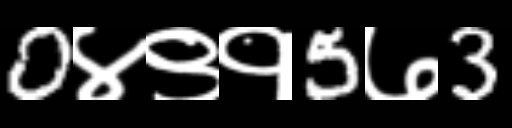
Text: 0४९१5७3